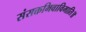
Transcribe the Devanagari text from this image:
संसक्तभिवाविमाति॥